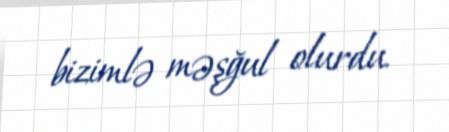
bizimlə məşğul olurdu.